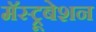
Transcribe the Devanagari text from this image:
मॅस्ट्रूबेशन